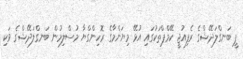
ޕީ ބަނގްލަދޭޝްގެ ރެފިއުޖީ ކޭމްޕްތަކުގައި އުޅޭ މިޔަންމާގެ ރޮހިންގްޔާ މުސްލިމުން ބަނގްލަދޭޝްގެ ވަކި